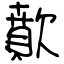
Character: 歕